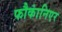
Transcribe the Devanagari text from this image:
फौकांनिएर